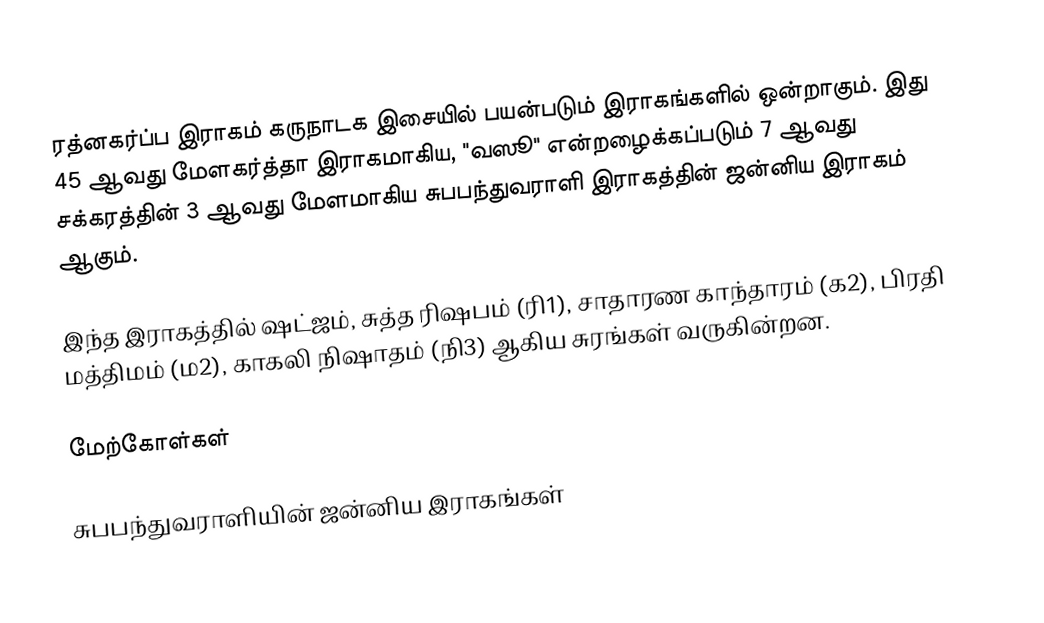
ரத்னகர்ப்ப இராகம் கருநாடக இசையில் பயன்படும் இராகங்களில் ஒன்றாகும். இது 45 ஆவது மேளகர்த்தா இராகமாகிய, "வஸூ" என்றழைக்கப்படும் 7 ஆவது சக்கரத்தின் 3 ஆவது மேளமாகிய சுபபந்துவராளி இராகத்தின் ஜன்னிய இராகம் ஆகும்.

இந்த இராகத்தில் ஷட்ஜம், சுத்த ரிஷபம் (ரி1), சாதாரண காந்தாரம் (க2), பிரதி மத்திமம் (ம2), காகலி நிஷாதம் (நி3) ஆகிய சுரங்கள் வருகின்றன.

மேற்கோள்கள்

சுபபந்துவராளியின் ஜன்னிய இராகங்கள்